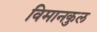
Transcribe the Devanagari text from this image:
विमानकुल